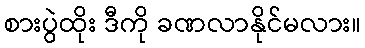
စားပွဲထိုး ဒီကို ခဏလာနိုင်မလား။